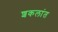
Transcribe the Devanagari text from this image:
शकलांत